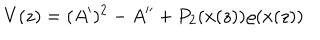
V ( z ) = ( A ^ { \prime } ) ^ { 2 } - A ^ { \prime \prime } + P _ { 2 } ( x ( z ) ) \varrho ( x ( z ) )